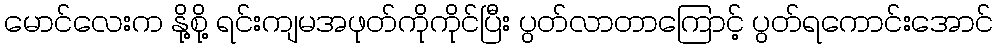
မောင်လေးက နို့စို့ ရင်းကျမအဖုတ်ကိုကိုင်ပြီး ပွတ်လာတာကြောင့် ပွတ်ရကောင်းအောင်